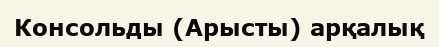
Консольды (Арысты) арқалық